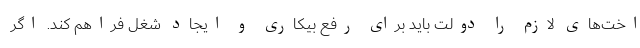
اخت‌های لازم را دولت باید برای رفع بیکاری و ایجاد شغل فراهم کند. اگر